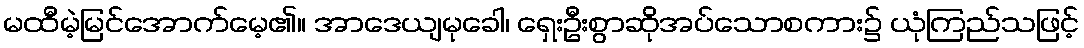
မထီမဲ့မြင်အောက်မေ့၏။ အာဒေယျမုခေါ၊ ရှေးဦးစွာဆိုအပ်သောစကား၌ ယုံကြည်သဖြင့်